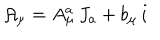
{ \cal A } _ { \mu } = A _ { \mu } ^ { a } \, J _ { a } + b _ { \mu } \, i